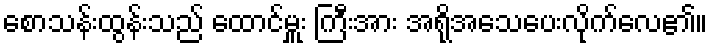
စောသန်းထွန်းသည် ထောင်မှူး ကြီးအား အရိုအသေပေးလိုက်လေ၏။